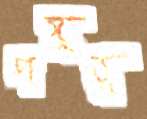
পঙ্গুত্ব